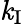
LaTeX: \mathit{k}_{\mathrm{{I}}}